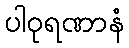
ပါဝုရဏာနံ